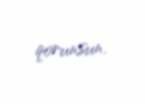
qorunsun.